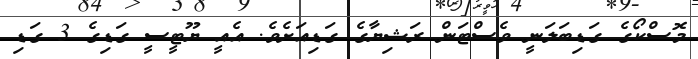
މޮސްކޯގެ ގަޑިބަލަނީ ވެސްޓަން ރަޝިޔާގެ ގަޑިއަށެވެ. އެއީ ޔޫޓީސީ ގަޑިގެ 3 ގަޑި